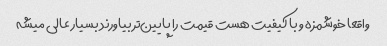
واقعا خوشمزه و با کیفیت هست قیمت را پایین‌تر بیاورند بسیار عالی میشه